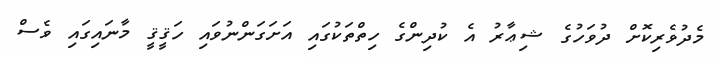
މެދުވެރިކޮށް ދުވަހުގެ ޝިޢާރު އެ ކުދިންގެ ހިތްތަކުގައި އަށަގަންނުވައި ހަޤީޤީ މާނައިގައި ވެސް